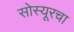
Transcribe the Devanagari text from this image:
सोस्यूरचा